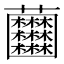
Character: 𧆘